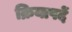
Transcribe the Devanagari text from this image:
क्रियापदें